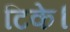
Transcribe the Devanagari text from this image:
टिके।